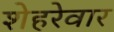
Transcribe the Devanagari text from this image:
शेहरेवार